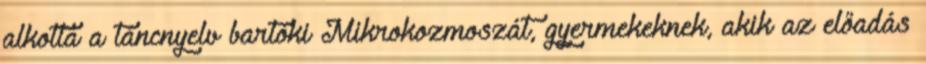
alkotta a táncnyelv bartóki Mikrokozmoszát, gyermekeknek, akik az előadás